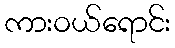
ကားဝယ်ရောင်း